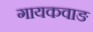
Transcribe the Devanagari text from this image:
गायकवाङ